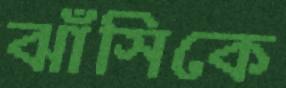
ঝাঁসিকে